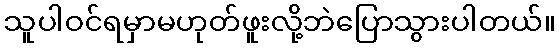
သူပါဝင်ရမှာမဟုတ်ဖူးလို့ဘဲပြောသွားပါတယ်။